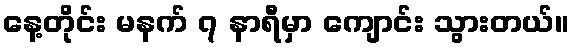
နေ့တိုင်း မနက် ၇ နာရီမှာ ကျောင်း သွားတယ်။